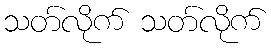
သတ်လိုက် သတ်လိုက်